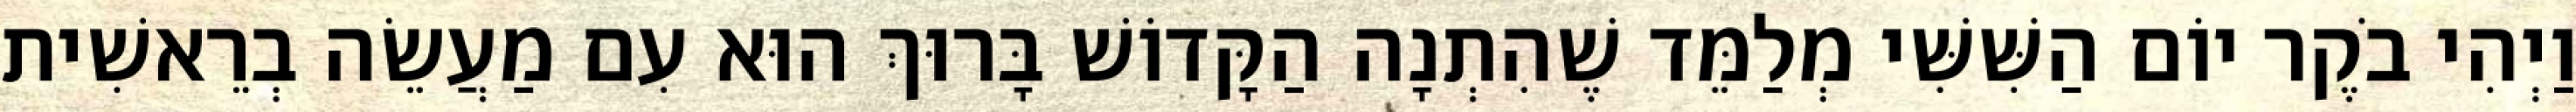
וַיְהִי בֹקֶר יוֹם הַשִּׁשִּׁי מְלַמֵּד שֶׁהִתְנָה הַקָּדוֹשׁ בָּרוּךְ הוּא עִם מַעֲשֵׂה בְרֵאשִׁית